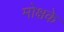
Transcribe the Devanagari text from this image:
मोक्षके